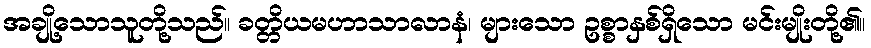
အချို့သောသူတို့သည်။ ခတ္တိယမဟာသာလာနံ၊ များသော ဥစ္စာနှစ်ရှိသော မင်းမျိုးတို့၏။